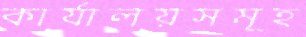
কার্যালয়সমূহ